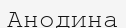
Анодина